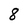
Character: 8